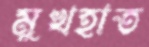
মুখহাত